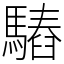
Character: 𩥫